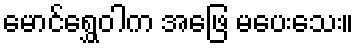
မောင်ရွှေဝါက အဖြေ မပေးသေး။